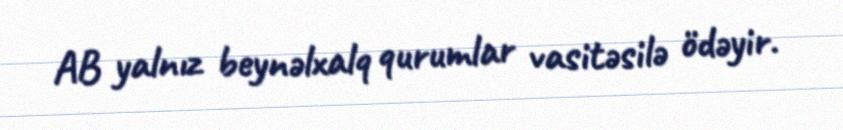
AB yalnız beynəlxalq qurumlar vasitəsilə ödəyir.